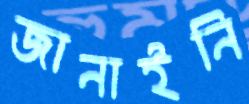
জানাইনি